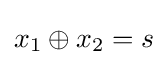
x_{1}\oplus x_{2}=s